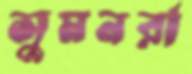
সুমনরা